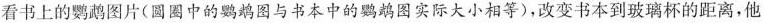
看书上的鹦鹉图片(圆圈中的鹦鹉图与书本中的鹦鹉图实际大小相等)，改变书本到玻璃杯的距离，他